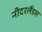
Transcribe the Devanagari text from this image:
नीदरलैंडस